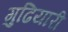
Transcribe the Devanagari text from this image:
गुढियारी